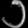
Digit: ၁